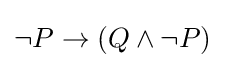
\neg P\to (Q\wedge \neg P)